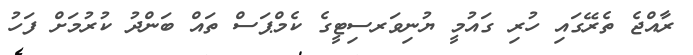
ރާއްޖެ ތެރޭގައި ހުރި ގައުމީ ޔުނިވަރސިޓީގެ ކެމްޕަސް ތައް ބަންދު ކުރުމަށް ފަހު